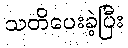
သတိပေးခဲ့ပြီး